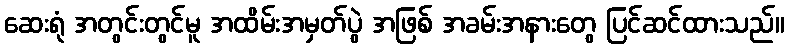
ဆေးရုံ အတွင်းတွင်မူ အထိမ်းအမှတ်ပွဲ အဖြစ် အခမ်းအနားတွေ ပြင်ဆင်ထားသည်။